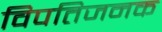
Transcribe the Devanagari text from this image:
विपतिजनक